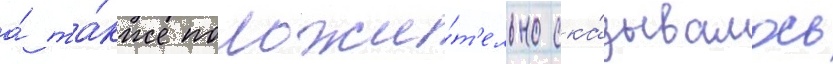
а́ та́кже положи́т'ельно ска́зывалось